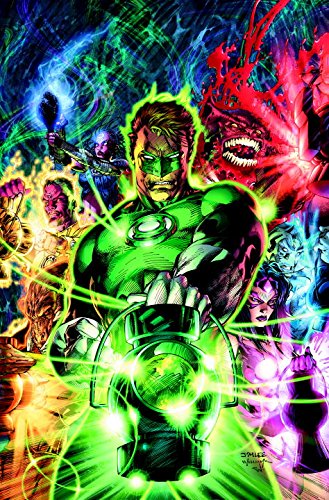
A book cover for Green Lantern: A Celebration of 75 Years; Geoff Johns; Comics & Graphic Novels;